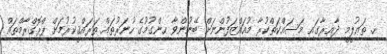
ހ. ތަޢުލީމީ ދާއިރާގައި މަސައްކަތްކުރާ މުއައްޒަފުންނަށް ބޭނުންވާ ހިންގުމުގެ ހުނަރުތައް ތަރައްޤީކުރުމަށް ޕްރޮގްރާމްތައް